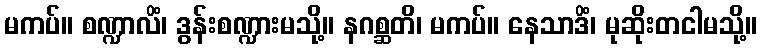
မကပ်။ စဏ္ဍာလိံ၊ ဒွန်းစဏ္ဍားမသို့။ နဂစ္ဆတိ၊ မကပ်။ နေသာဒိံ၊ မုဆိုးတငါမသို့။